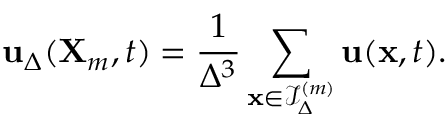
\mathbf { u } _ { \Delta } ( \mathbf { X } _ { m } , t ) = \frac { 1 } { \Delta ^ { 3 } } \sum _ { \mathbf { x } \in \mathcal { I } _ { \Delta } ^ { ( m ) } } \mathbf { u } ( \mathbf { x } , t ) .